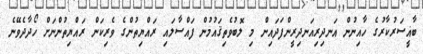
ބާޣީސަރުކާރުގެ ހާއިނުން އަނދިރިއަނދިރީންފަދައިން މި ލޮބުވެތިޤައުމުން ފައްސާލައި ރައްޔިތުންގެ ވެރިކަން ރައްޔިތުންނަށް ހޯދާދެވޭނެ